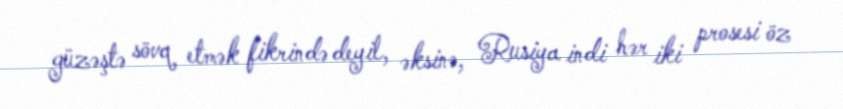
güzəştə sövq etmək fikrində deyil, əksinə, Rusiya indi hər iki prosesi öz